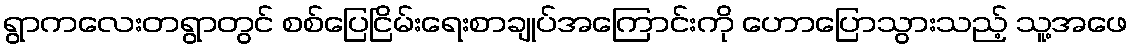
ရွာကလေးတရွာတွင် စစ်ပြေငြိမ်းရေးစာချုပ်အကြောင်းကို ဟောပြောသွားသည့် သူ့အဖေ